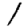
Digit: 1